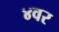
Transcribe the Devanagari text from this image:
४वर